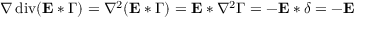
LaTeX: \nabla \operatorname { d i v } ( \mathbf { E } * \Gamma ) = \nabla ^ { 2 } ( \mathbf { E } * \Gamma ) = \mathbf { E } * \nabla ^ { 2 } \Gamma = - \mathbf { E } * \delta = - \mathbf { E }